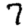
Digit: 7